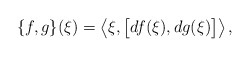
\begin{align*} \{f,g\}(\xi)=\bigl\langle\xi,\bigl[df(\xi),dg(\xi)\bigr]\bigr\rangle\,, \end{align*}